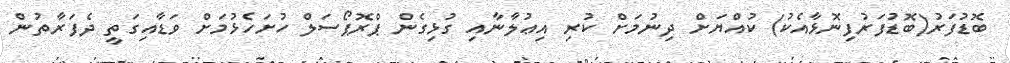
ބޮޑުފަރު(ބޮޑުފަރުފިނޮޅާއެކު) ކުއްޔަށް ދިނުމަށް ކުރި އިޢުލާނާއި ގުޅިގެން ޕްރޮޕޯސަލް ހުށަހެޅުމަށް ވަޑާއިގަތީ ދެފަރާތުން